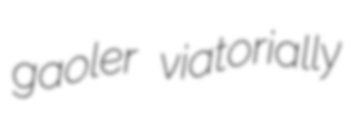
gaoler viatorially